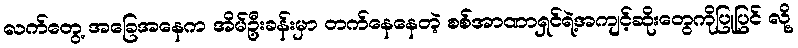
လက်တွေ့ အခြေအနေက အိမ်ဦးခန်းမှာ တက်နေနေတဲ့ စစ်အာဏာရှင်ရဲ့အကျင့်ဆိုးတွေကိုပြုပြင် လို့